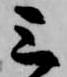
三